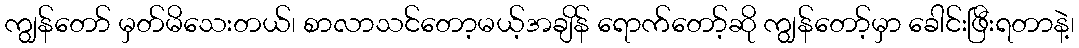
ကျွန်တော် မှတ်မိသေးတယ်၊ စာလာသင်တော့မယ့်အချိန် ရောက်တော့်ဆို ကျွန်တော့်မှာ ခေါင်းဖြီးရတာနဲ့၊